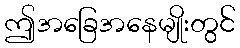
ဤအခြေအနေမျိုးတွင်